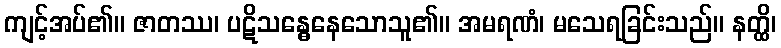
ကျင့်အပ်၏။ ဇာတဿ၊ ပဋိသန္ဓေနေသောသူ၏။ အမရဏံ၊ မသေရခြင်းသည်။ နတ္ထိ၊